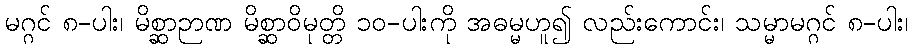
မဂ္ဂင် ၈-ပါး၊ မိစ္ဆာဉာဏ မိစ္ဆာဝိမုတ္တိ ၁၀-ပါးကို အဓမ္မဟူ၍ လည်းကောင်း၊ သမ္မာမဂ္ဂင် ၈-ပါး၊